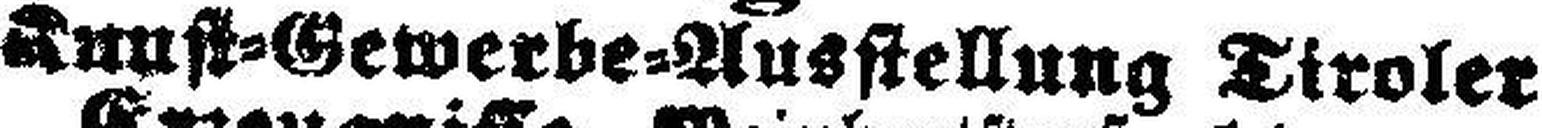
Kunst=Gewerbe=Ausstellung Tiroler